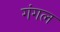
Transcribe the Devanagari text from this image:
गंगल